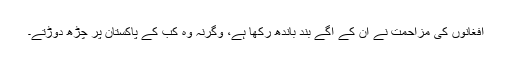
افغانوں کی مزاحمت نے ان کے آگے بند باندھ رکھا ہے، وگرنہ وہ کب کے پاکستان پر چڑھ دوڑتے۔